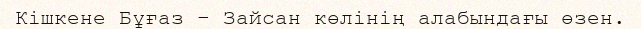
Кішкене Бұғаз – Зайсан көлінің алабындағы өзен.